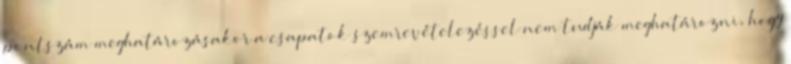
pontszám meghatározásakor a csapatok szemrevételezéssel nem tudják meghatározni, hogy